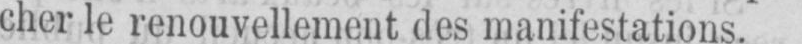
cher le renouvellement des manifestations.